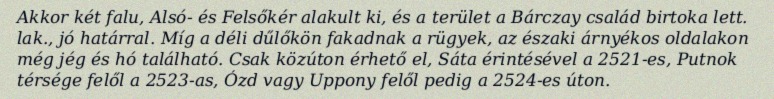
Akkor két falu, Alsó- és Felsőkér alakult ki, és a terület a Bárczay család birtoka lett. lak., jó határral. Míg a déli dűlőkön fakadnak a rügyek, az északi árnyékos oldalakon még jég és hó található. Csak közúton érhető el, Sáta érintésével a 2521-es, Putnok térsége felől a 2523-as, Ózd vagy Uppony felől pedig a 2524-es úton.